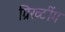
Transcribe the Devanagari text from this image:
ग्रिख्टींग